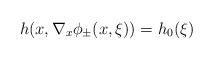
LaTeX: \begin{align*}h(x,\nabla_x\phi_\pm(x,\xi))=h_0(\xi)\end{align*}